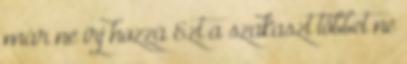
már ne írj hozzá Ezt a szakaszt többet ne